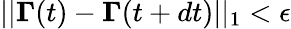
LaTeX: ||\boldsymbol{\Gamma}(t)-\boldsymbol{\Gamma}(t+dt)||_{1}<\epsilon